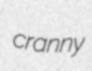
cranny